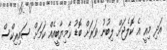
އަދި މިއީ އެ ކޮލެޖަށް ލިބުނު ވަރަށް ބޮޑު ކާމިޔާބީއެއް ކަމަށް ސައިރިކްސް